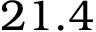
2 1 . 4